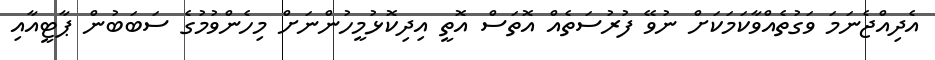
އެދިއްޖެނަމަ ވަގުތެއްވާކަމަކަށް ނުވޭ ފުރުސަތެއް އޮތަސް އޮތީ އިދިކޮޅުމީހުންނަށް މިހެންވުމުގެ ސަބަބުން ޕާޓީއާއި